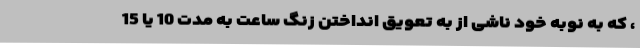
، که به نوبه خود ناشی از به تعویق انداختن زنگ ساعت به مدت 10 یا 15